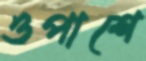
ওপাশে